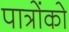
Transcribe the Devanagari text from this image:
पात्रोंको